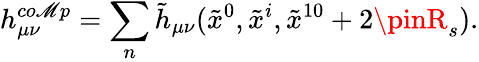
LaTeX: h_{\mu\nu}^{co\mathscr{M}p}=\sum_{n}\tilde{{h}}_{\mu\nu}(\tilde{{x}}^{0},\tilde{{x}}^{i},\tilde{{x}}^{10}+2\pinR_{s}).